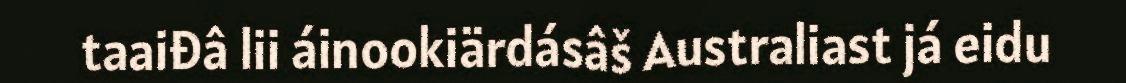
taaiđâ lii áinookiärdásâš Australiast já eidu